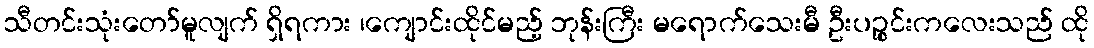
သီတင်းသုံးတော်မူလျက် ရှိရကား ၊ကျောင်းထိုင်မည့် ဘုန်းကြီး မရောက်သေးမီ ဦးပဉ္စင်းကလေးသည် ထို